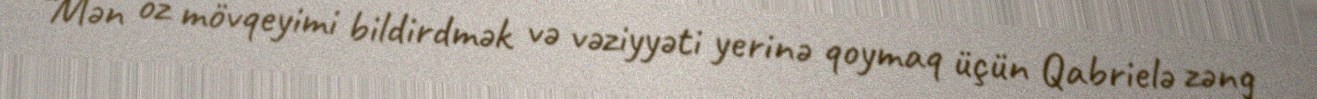
“Mən öz mövqeyimi bildirdmək və vəziyyəti yerinə qoymaq üçün Qabrielə zəng